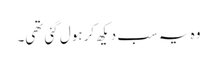
وہ یہ سب دیکھ کر ہول گئی تھی۔